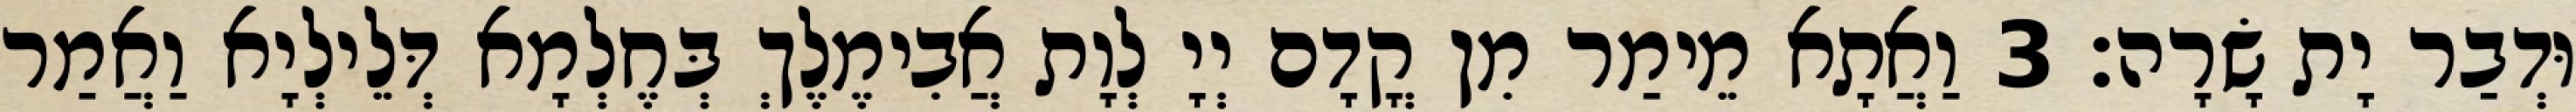
וּדְבַר יָת שָׂרָה׃ 3 וַאֲתָא מֵימַר מִן קֳדָם יְיָ לְוָת אֲבִימֶלֶךְ בְּחֶלְמָא דְּלֵילְיָא וַאֲמַר